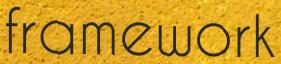
framework